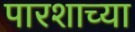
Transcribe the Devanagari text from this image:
पारशाच्या